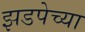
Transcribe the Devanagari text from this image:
झडपेच्या